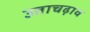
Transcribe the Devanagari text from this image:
उताचढ़ाव